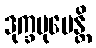
ဒုက္ခမုပေန္တိ